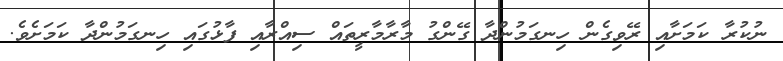
ނުކުރާ ކަމަށާއި ރޭވިގެން ހިނގަމުންދާ ގޭންގު މާރާމާރީތައް ސިއްރާއި ފާޅުގައި ހިނގަމުންދާ ކަމަށެވެ.